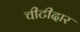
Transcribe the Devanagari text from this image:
चीटीदार